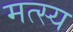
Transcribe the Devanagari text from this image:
मत्स्‍य